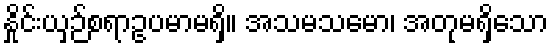
နှိုင်းယှဉ်စရာဥပမာမရှိ။ အသမသမော၊ အတုမရှိသော